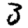
Digit: 3